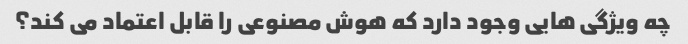
چه ویژگی هایی وجود دارد که هوش مصنوعی را قابل اعتماد می کند؟